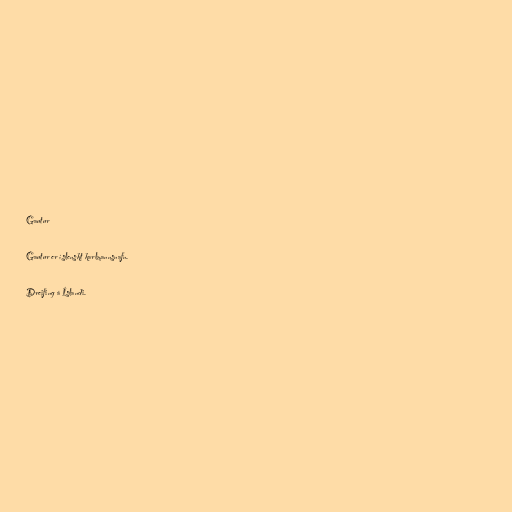
Gautur

Gautur er íslenskt karlmannsnafn.

Dreifing á Íslandi.